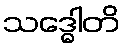
သဒ္ဓေါတိ